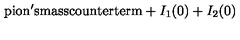
\mathrm { p i o n ' s m a s s c o u n t e r t e r m } + I _ { 1 } ( 0 ) + I _ { 2 } ( 0 )